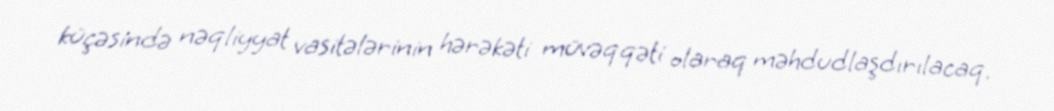
küçəsində nəqliyyat vasitələrinin hərəkəti müvəqqəti olaraq məhdudlaşdırılacaq.